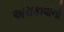
અચકાવાનો